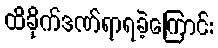
ထိခိုက်ဒဏ်ရာရခဲ့ကြောင်း